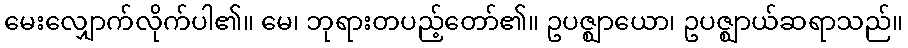
မေးလျှောက်လိုက်ပါ၏။ မေ၊ ဘုရားတပည့်တော်၏။ ဥပဇ္ဈာယော၊ ဥပဇ္ဈာယ်ဆရာသည်။